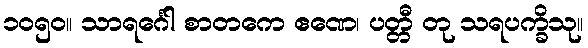
၁၀၅၀။ သာရင်္ဂေါ စာတကေ ဧဏေ၊ ပတ္တီ တု သရပက္ခိသု။